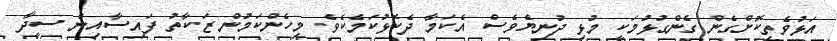
އަޅުވެތިކޮށްގެން ގެންގުޅުމަކީ މުޅި ދުނިޔެވެސް އެކަމާ ދެކޮޅުކަމެކެވެ. މިހެންކަމުން ޒަކާތު ފައިސާއިން ސީދާ